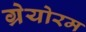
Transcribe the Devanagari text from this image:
ग्रेयोरम